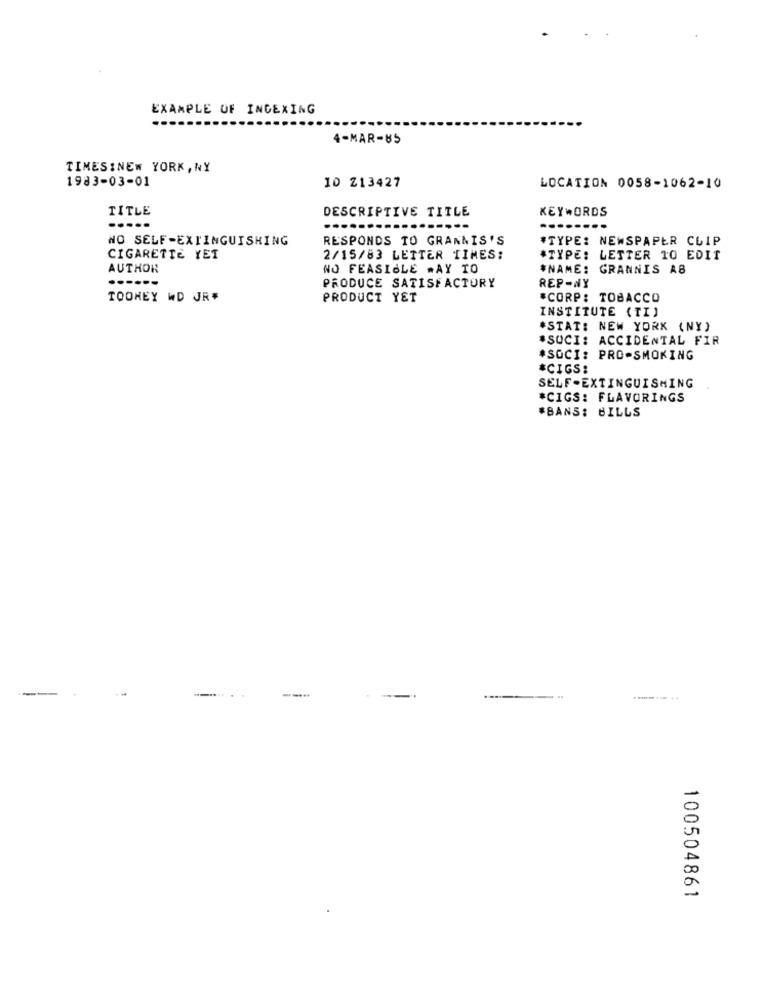
EXAMPLE OF INDEXING
4-MAR-85
TIMES:NEW YORK, NY
1983-03-01
10 213427
LOCATION 0058-1062-10
TITLE
DESCRIPTIVE TITLE
KEYWORDS
.....
NO SELF-EXTINGUISHING
RESPONDS TO GRANNIS'S
*TYPE: NEWSPAPER CLIP
CIGARETTE YET
2/15/83 LETTER TIMES:
*TYPE: LETTER 10 EDIT
AUTHOR
NO FEASIBLE .AY TO
*NAME: GRANNIS AB
------
PRODUCE SATISFACTORY
REP-NY
TOONEY WD JR#
PRODUCT YET
*CORP: TOBACCO
INSTITUTE (TI)
*STAT: NEW YORK (NY)
*SOCI: ACCIDENTAL FIR
#SOCI: PRO-SMOKING
*CIGS:
SELF-EXTINGUISHING
*CIGS: FLAVORINGS
#BANS: BILLS
...... ..
100504861